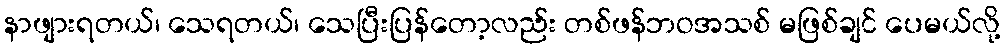
နာဖျားရတယ်၊ သေရတယ်၊ သေပြီးပြန်တော့လည်း တစ်ဖန်ဘဝအသစ် မဖြစ်ချင် ပေမယ်လို့